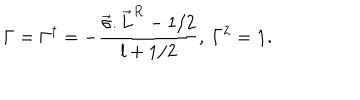
LaTeX: \Gamma = \Gamma ^ { \dagger } = - \frac { \vec { \sigma } . { \vec { L } } ^ { R } - 1 / 2 } { l + 1 / 2 } , ~ \Gamma ^ { 2 } = { \bf 1 } .